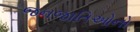
જનજાતિઓનો